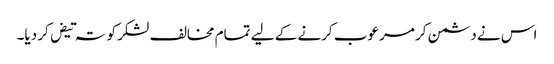
اس نے دشمن کر مرعوب کرنے کے لیے تمام مخالف لشکر کو تہ تیض کر دیا۔